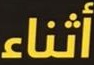
أثناء